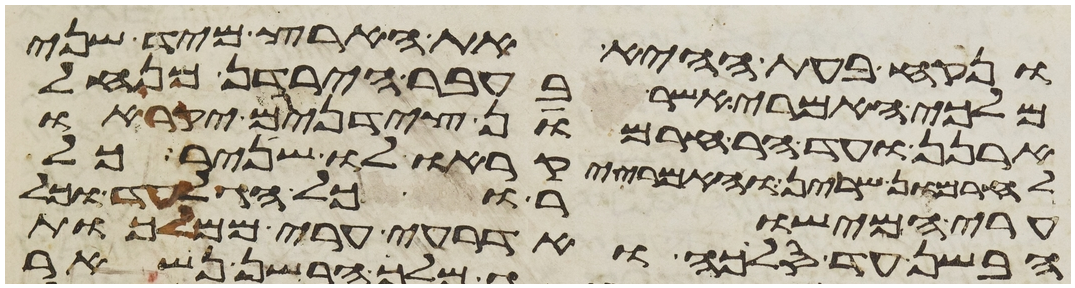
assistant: ונקח בעת ההיא את הארץ מיד שני
מלכי האמרי אשר בעבר הירדן מנחל
ארנן ועד הר חרמון צידנים יקראו
לחרמון שרין והאמרי יקראו לו שניר כל
ערי המישור וכל הגלעד וכל
הבשן עד סלכה ואדרעי ערי ממלכת